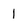
Character: 1